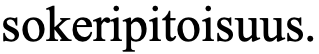
sokeripitoisuus.